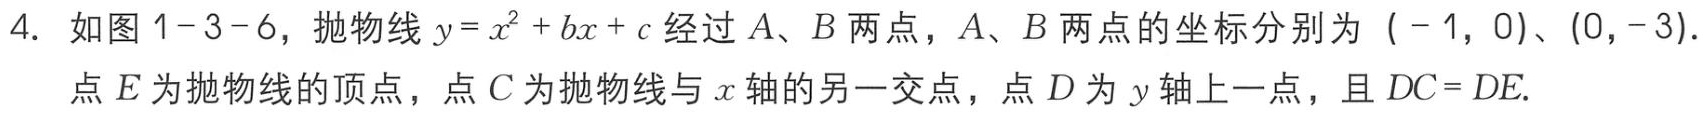
4. 如图1-3-6，抛物线\(y = x^{2}+bx + c\)经过\(A\)、\(B\)两点，\(A\)、\(B\)两点的坐标分别为\(( - 1,0)\)、\((0,-3)\).
点\(E\)为抛物线的顶点，点\(C\)为抛物线与\(x\)轴的另一交点，点\(D\)为\(y\)轴上一点，且\(DC = DE\).